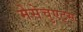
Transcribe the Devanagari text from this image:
मेसेचुएट्स